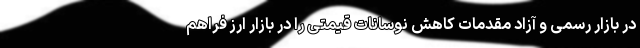
در بازار رسمی و آزاد مقدمات کاهش نوسانات قیمتی را در بازار ارز فراهم